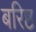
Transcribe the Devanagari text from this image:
बरिष्ठ